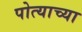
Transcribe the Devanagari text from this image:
पोत्याच्या